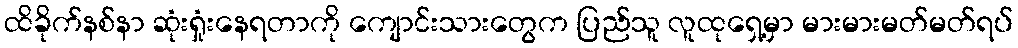
ထိခိုက်နစ်နာ ဆုံးရှုံးနေရတာကို ကျောင်းသားတွေက ပြည်သူ လူထုရှေ့မှာ မားမားမတ်မတ်ရပ်